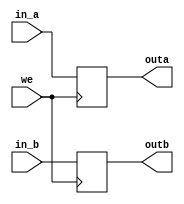
// ECE:3350 SISC processor project
// 32-bit mux with storage for swap command

`timescale 1ns/100ps

module swp32 (in_a, in_b, we, outa, outb);


  input  [31:0] in_a;
  input  [31:0] in_b;
  input         we;
  output [31:0] outa,outb;

  reg   [31:0] outrega, outregb;
  
  always @ (posedge we)
  begin
      outrega <= in_a;
      outregb <= in_b;
  end

 

  assign outa = outrega;
  assign outb = outregb;

endmodule